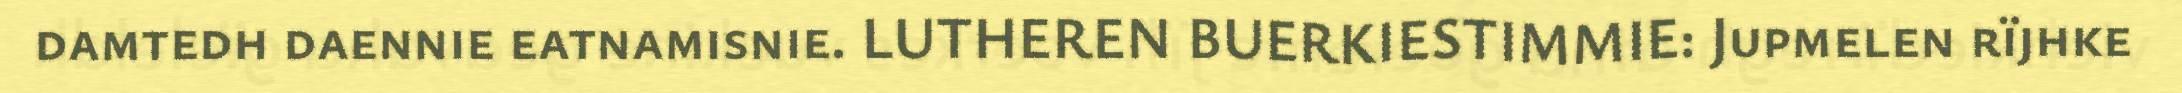
damtedh daennie eatnamisnie. LUTHEREN BUERKIESTIMMIE: Jupmelen rïjhke